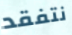
نتفقد